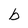
Character: b